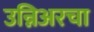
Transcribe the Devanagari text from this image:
उन्निअरचा